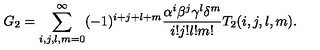
G _ { 2 } = \sum _ { i , j , l , m = 0 } ^ { \infty } ( - 1 ) ^ { i + j + l + m } \frac { \alpha ^ { i } \beta ^ { j } \gamma ^ { l } \delta ^ { m } } { i ! j ! l ! m ! } T _ { 2 } ( i , j , l , m ) .